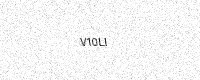
Text: V10LI